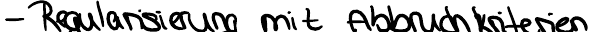
- Regularisierung mit Abbruchkriterien